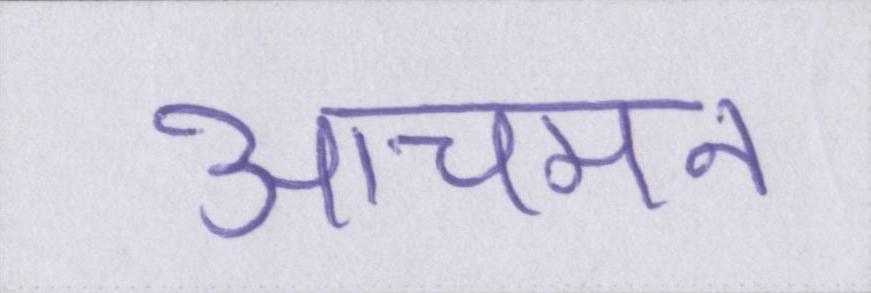
आचमन